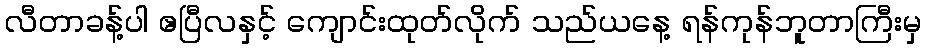
လီတာခန့်ပါ ဧပြီလနှင့် ကျောင်းထုတ်လိုက် သည်ယနေ့ ရန်ကုန်ဘူတာကြီးမှ